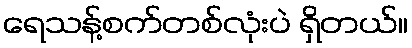
ရေသန့်စက်တစ်လုံးပဲ ရှိတယ်။